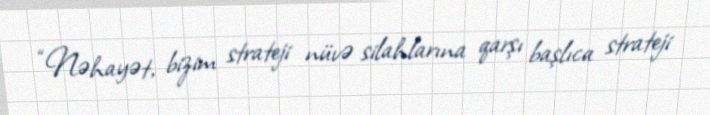
“Nəhayət, bizim strateji nüvə silahlarına qarşı başlıca strateji